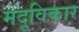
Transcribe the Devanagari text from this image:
मेंदूविकार